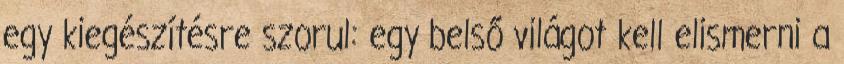
egy kiegészítésre szorul: egy belső világot kell elismerni a